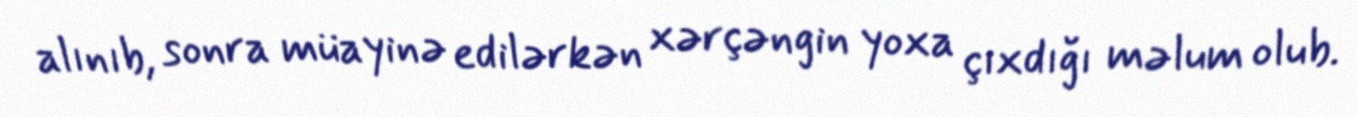
alınıb, sonra müayinə edilərkən xərçəngin yoxa çıxdığı məlum olub.